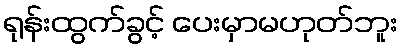
ရုန်းထွက်ခွင့် ပေးမှာမဟုတ်ဘူး